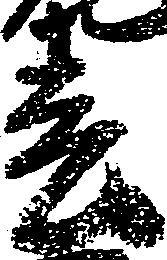
春